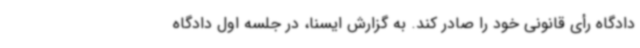
دادگاه رأی قانونی خود را صادر کند. به گزارش ایسنا، در جلسه اول دادگاه